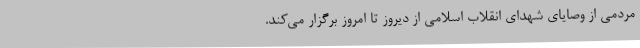
مردمی از وصایای شهدای انقلاب اسلامی از دیروز تا امروز برگزار می‌کند.